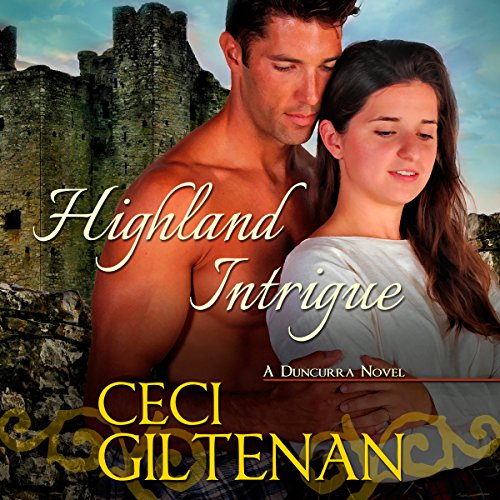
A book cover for Highland Intrigue: Duncurra, Book 3; Ceci Giltenan; Romance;